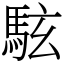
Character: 䮄